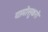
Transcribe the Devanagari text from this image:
यामोसुकरो